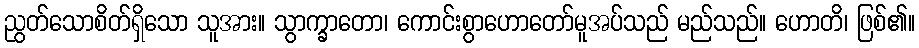
ညွတ်သောစိတ်ရှိသော သူအား။ သွာက္ခာတော၊ ကောင်းစွာဟောတော်မူအပ်သည် မည်သည်။ ဟောတိ၊ ဖြစ်၏။